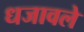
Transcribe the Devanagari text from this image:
धजावले